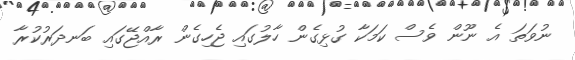
ނުވަތަ އެ ނޫން ވެސް ކަމަކާ ގުޅިގެން ހާލުގައި ޖެހިގެން ރާއްޖޭގައި ބަނދަރުކުރާ